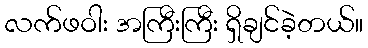
လက်ဖဝါး အကြီးကြီး ရှိချင်ခဲ့တယ်။